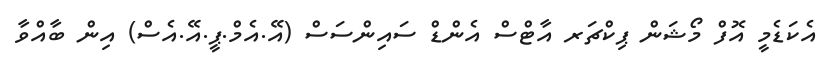
އެކަޑެމީ އޮފް މޯޝަން ޕިކްޗަރ އާޓްސް އެންޑް ސައިންސަސް (އޭ.އެމް.ޕީ.އޭ.އެސް) އިން ބާއްވާ